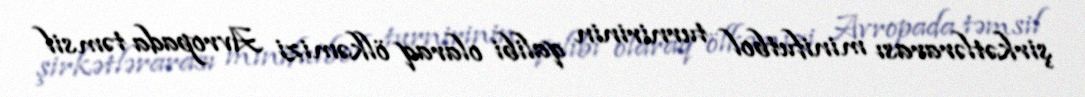
şirkətlərarası minifutbol turnirinin qalibi olaraq ölkəmizi Avropada təmsil